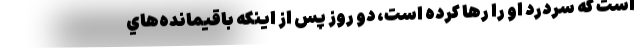
است كه سردرد او را رها كرده است، دو روز پس از اينكه باقيمانده‌هاي